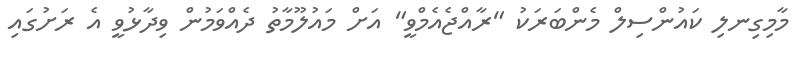
މާމިގިނލި ކައުންސިލް މެންބަރަކު "ރާއްޖެއެމްވީ" އަށް މައުލޫމާތު ދެއްވަމުން ވިދާޅުވީ އެ ރަށުގައި